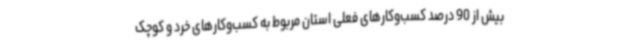
بیش از 90 درصد کسب‌وکارهای فعلی استان مربوط به کسب‌وکارهای خرد و کوچک